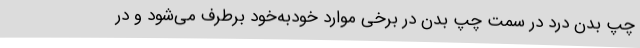
چپ بدن درد در سمت چپ بدن در برخی موارد خودبه‌خود برطرف می‌شود و در